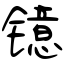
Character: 镱